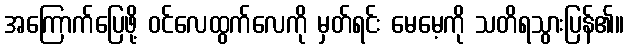
အကြောက်ပြေဖို့ ဝင်လေထွက်လေကို မှတ်ရင်း မေမေ့ကို သတိရသွားပြန်၏။